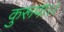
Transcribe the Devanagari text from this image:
कुरूपा।।